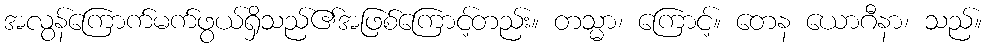
အလွန်ကြောက်မက်ဖွယ်ရှိသည်၏အဖြစ်ကြောင့်တည်း။ တသ္မာ၊ ကြောင့်။ တေန ယောဂီနာ၊ သည်။